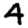
Digit: 4